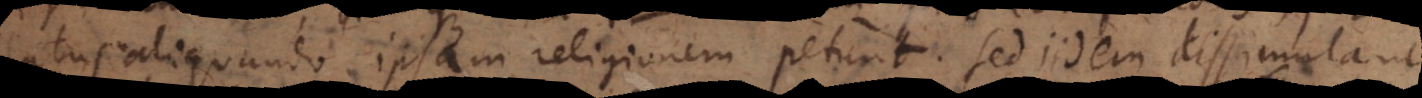
actus aliquando ipsam religionem petunt. Sed iidem dissimulant